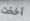
أخذت